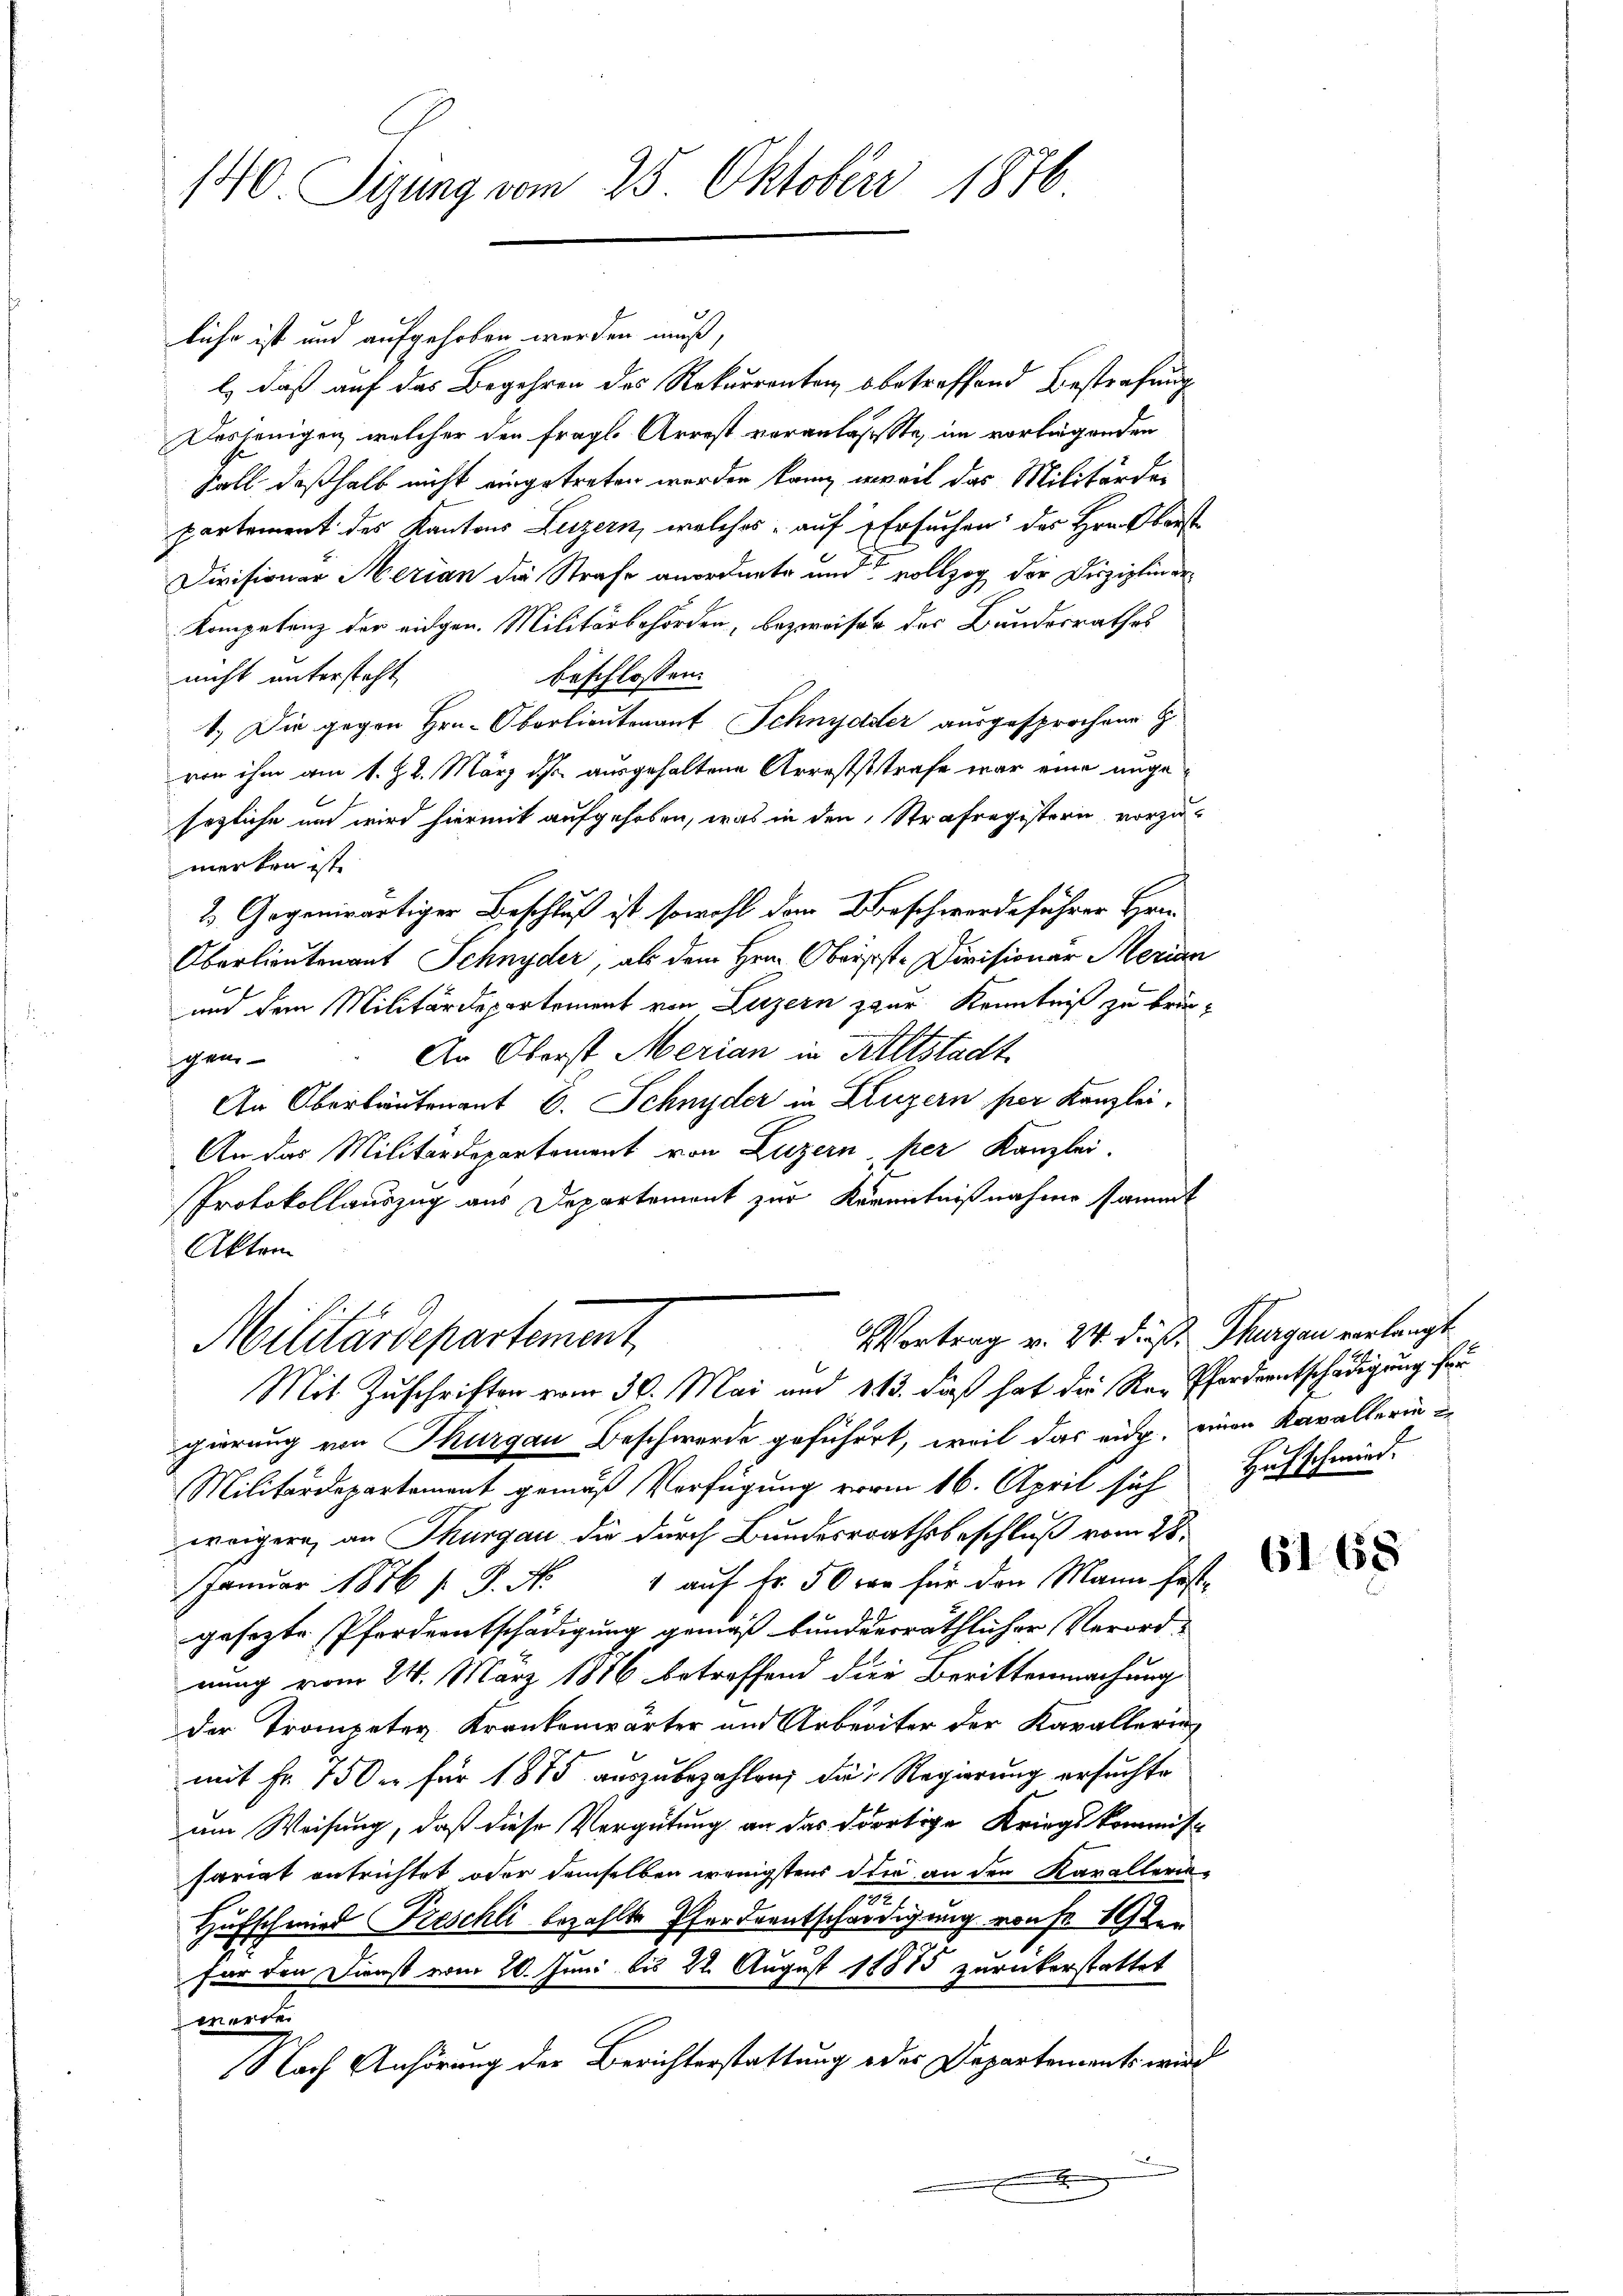
140 Tigung vom 25. Oktober 1876

liche ist und aufgehoben werden muß,
l) daß auf das Begehren des Rekurrenten betreffend Bestrafung
Dasjenigen, welcher den fragl. Arrest veranlasste, im vorliegenden
Soll deßhalb nicht eingetreten werden kann, weil das Militärder
partement des Kantons Luzern, welches auf Ersuchen des Hrn. Oberst
Divisionar Merian die Strafe anordnete und vollzog der Diszipliner¬
Kompetenz der eidgen. Militärbehörden, bezweifen des Bundesrathes
nicht untersteht,
beschlossen:
1.) Die gegen Hrn. Oberlieutenant Schnyder ausgesprochene G
von ihm am 1. Z. 2. März ds ausgehaltene Arrestststrafe war eine unge
sezliche und wird hiermit aufgehoben, was in den Strafregistern vorzumerken ist
2. Gegenwärtiger Beschluß ist sowohl dem Beschwerdeführer Hrn.
Oberlieutenant Schnyder, als dem Hrn. Obersst-Divisionär Merian
und dem Militärdepartement von Luzern zur Kenntniß zu brin¬
An Oberst Merian in Altstadt
gem-
An Oberbautenant E. Schnyder in Luzern per Kanzlei.
An das Militärdepartement von Luzern, per Kanzlei.
Protokollauszug aus Departement zur Kenntnißnahme sammt
Akten
Vortrag v. 24. dieß. Thurgau verlangt
Militärdepartement
Mit Zuschriften vom 30. Mai und 113. daß hat die Re-Pferdentschädigung für
gierung von Thurgau Beschwerde geführet, weil das eide, einen Kavallerin
Militärdepartament gemäß Verfügung vorm 16. April sich Hofschmied
weigern, an Thurgau die durch Bundesrathsbeschluß vom 28.
Januar 1876 s P. Nr. 1 auf fr. 50 war für den Mann fest-
gesezte Pferdeentschädigung gemäß bundeurräthlicher Verord- |
nung vom 24. März 1886 betreffend die Berittenmachung
der Trompeten Krankenwärter und Arbeiter der Kavallerie
mit Fr. 150 er für 1875 auszubezahlen; die Regierung ersuchte
um Weisung, daß diese Vergütung an das dortige Kriegskommis
sariat entrichtet oder demselben wenigstens die an den Karallerie-
.
Hufschmied Freschli bezahlte Pferdentschädigung von 19ten
für den Dienst vom 20. Juni bis 22. August 18885 zurückerstattet
morde
Nach Anhörung der Berichterstattung oder Departements wird

6168